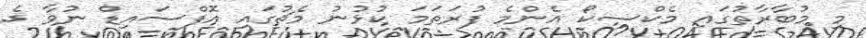
މި މުބާރާތުގައި މެކްސިކޯ އެންމެ ފުރަތަމަ ކުޅުނު މެޗުގައި އޮފްސައިޑް ނުވާ ދެ